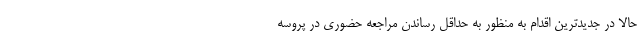
حالا در جدیدترین اقدام به منظور به حداقل رساندن مراجعه حضوری در پروسه